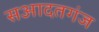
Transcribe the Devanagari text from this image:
सआदतगंज